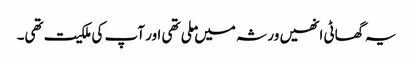
یہ گھاٹی انھیں ورثہ میں ملی تھی اور آپ کی ملکیت تھی۔